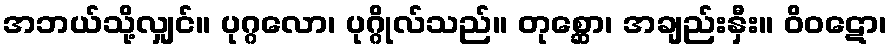
အဘယ်သို့လျှင်။ ပုဂ္ဂလော၊ ပုဂ္ဂိုလ်သည်။ တုစ္ဆော၊ အချည်းနှီး။ ဝိဝဋော၊